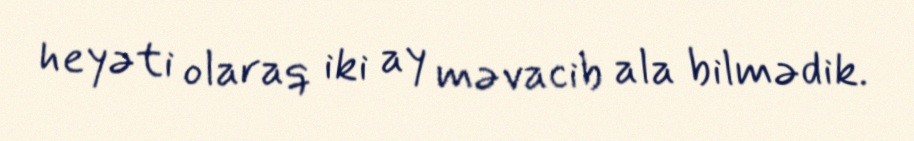
heyəti olaraq iki ay məvacib ala bilmədik.